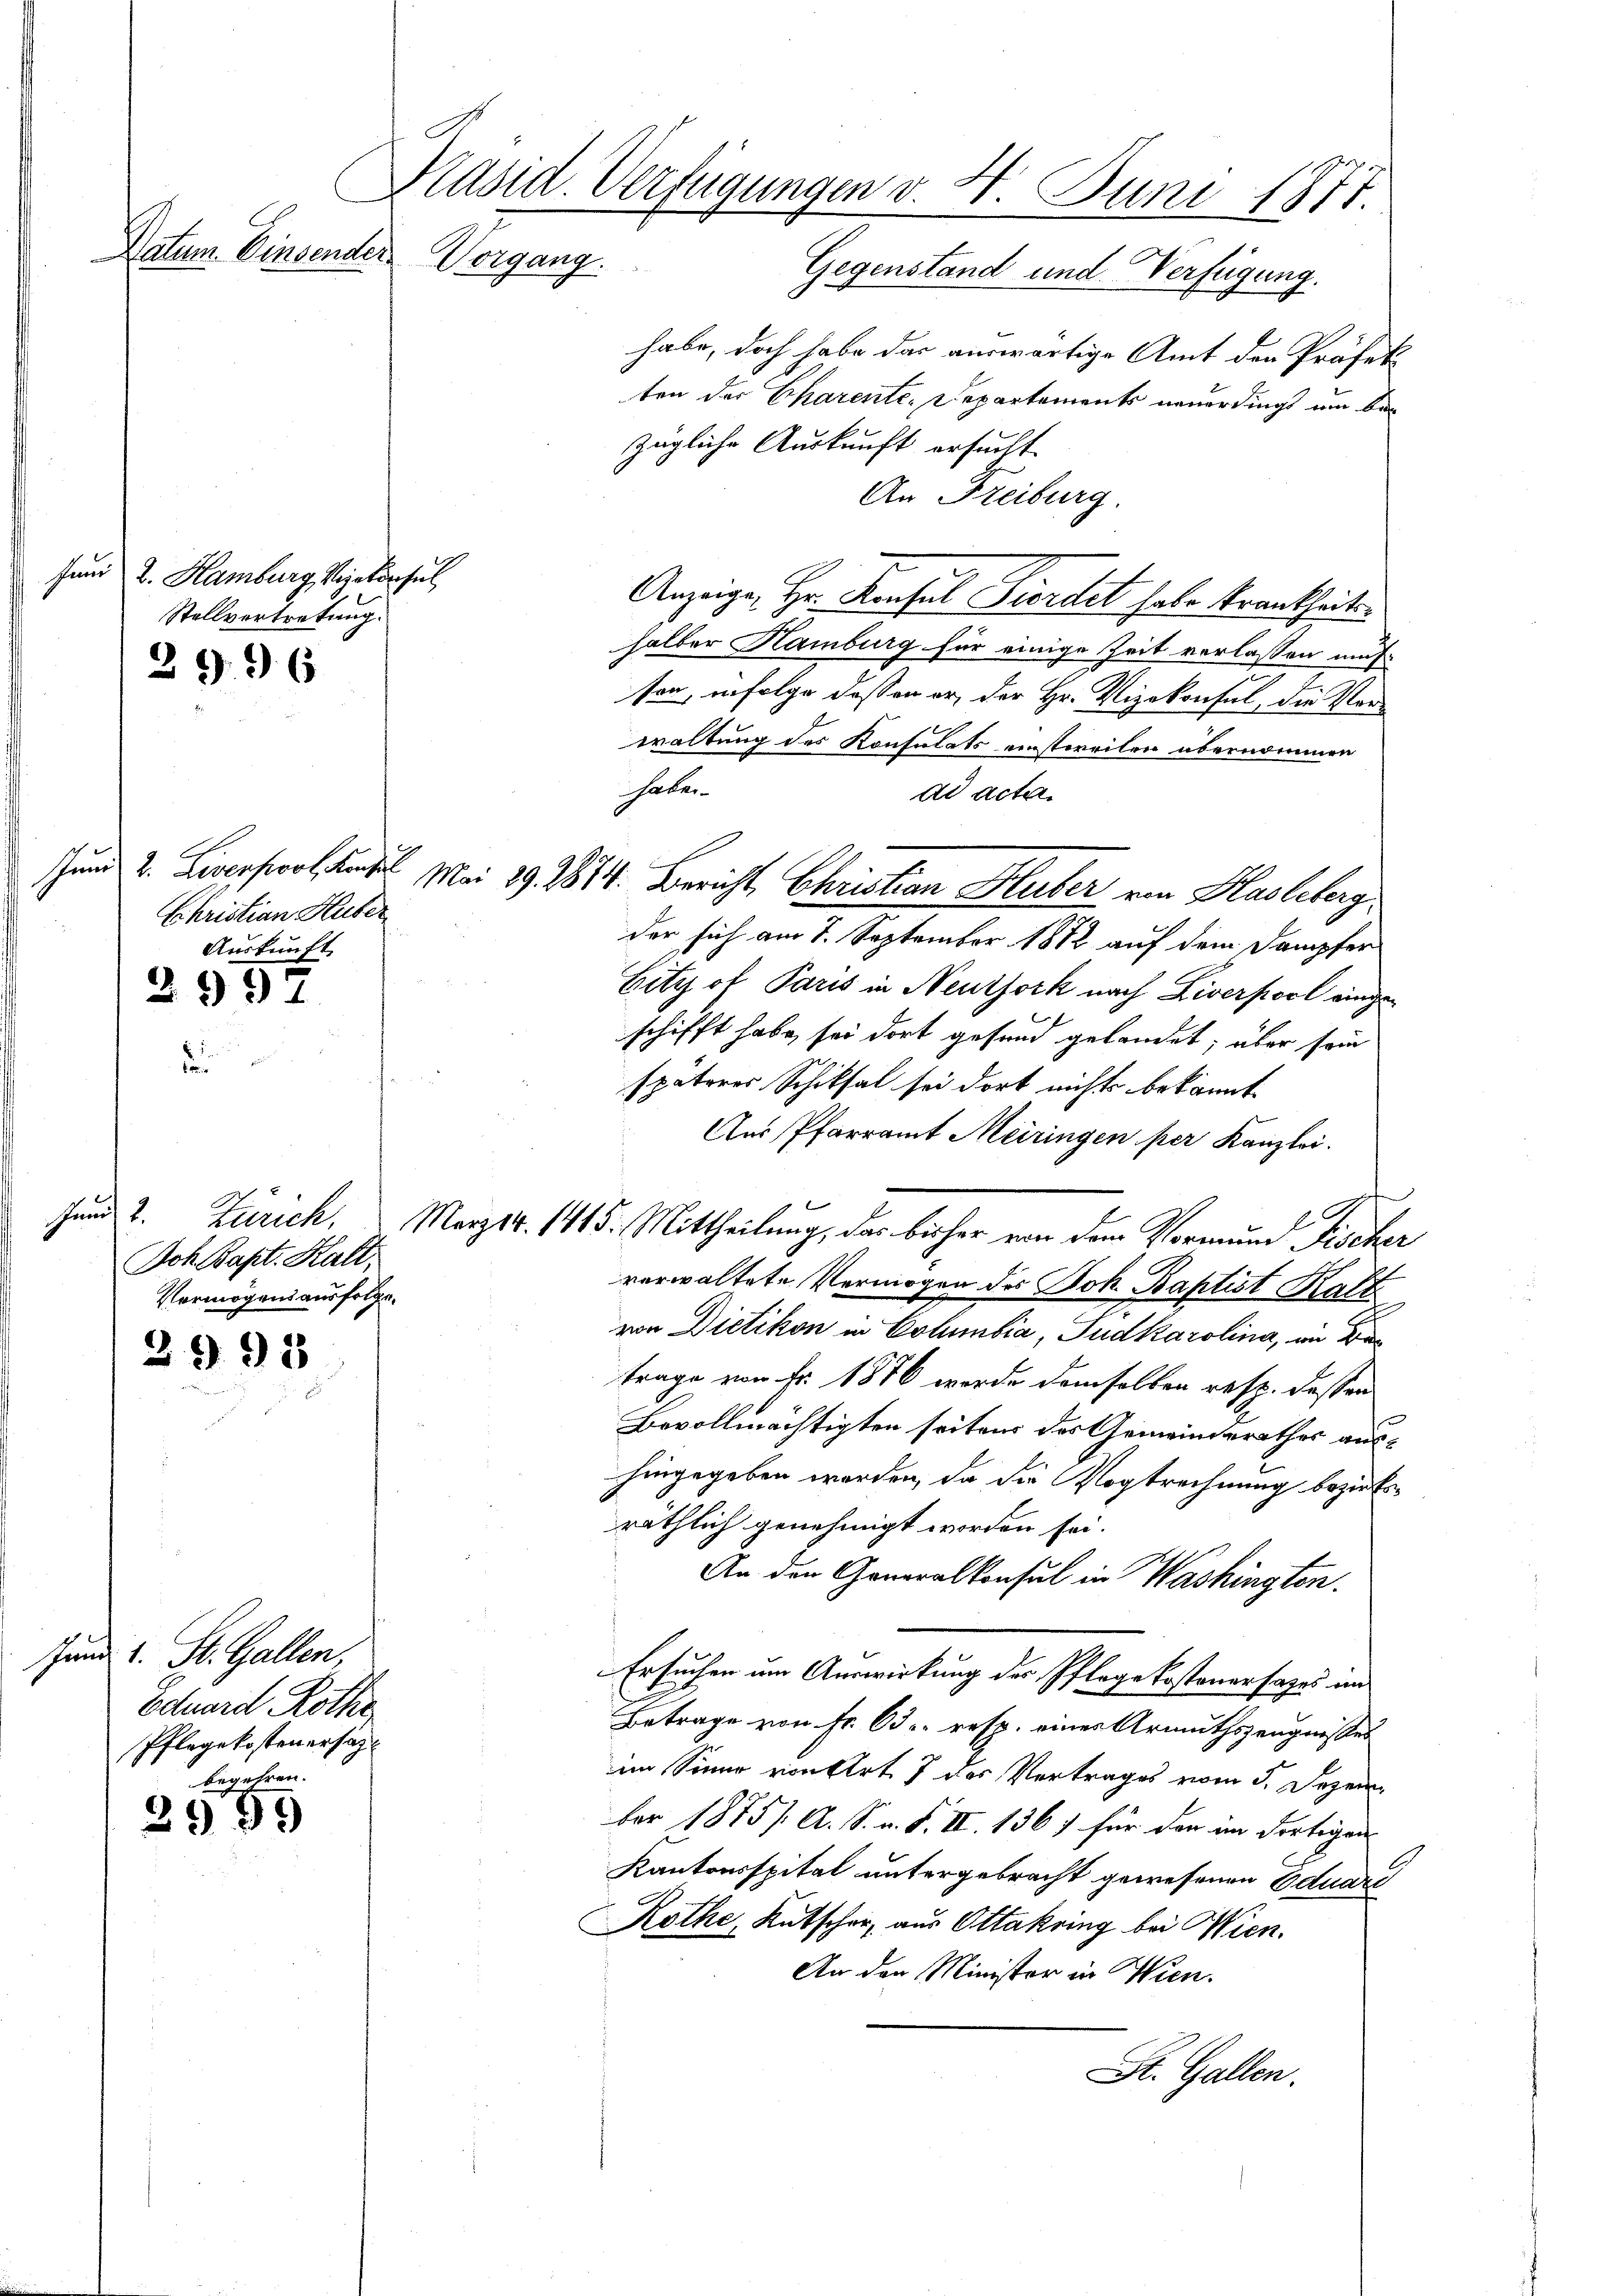
fund 2. Hamburg Vizekonsul
Stellvertretung.
2996

Ehristian Huber
Auskunft

2997

Joh. Bapt. Kalt
Vermögens ausfolge.

2991

Jund 1. St. Gallen,
Eduard Rothe
Pflegekosteuersagbegehren.

2999

Präsid. Verfügungen d. 4. Juni 1877.
Datum. Einsender Vorgang.

Gegenstand und Verfügung.
habe, doch habe das auswärtige Amt den Präfek
ten der Charente. Departements neuerdings um bezügliche Auskunft ersucht.
An Freiburg.
Anzeige, Hr. Konsul Fiordet habe krankheitshalber Hamburg für einige Zeit verlassen auf
son, infolge dessen er, der Hr. Vizekonsul, die Vorwaltung des Konsulats einstweilen übernommen
haber
dd acta.
der sich am 7. September 1882 auf dem Dampfer
Eity of Paris in Neuthork nach Liverpool eingeschifft habe sei dort gesund gelandet, über sein
späteres Schiksal sei dort nichts bekannt.
Aus Pfarramt Meiringen per Kanzlei.
Jund 2. Zürich. Merz v. 1415. Mittheilung, das bisher von dem Vormund Fischer
verwaltete Vermögen des Joh. Baptist Katt
von Dietikon in Columbia, Tudkarolina, an
trage von Fr. 1876 werde demselben resp. dessen
Bevollmächtigten seitens des Gemeinderathes aushingegeben worden, da die Vogtrechnung bezirksräthlich genehmigt worden sei.
An den Generalkonsul in Washingten.
Ersuchen um Auswirkung der Pflege kostener sages im
Betrage von Fr. 63 r. resp. einer Armuthszeugnisses
im Sinne von Art. 7 des Vertrages vom 5. Dezem
ber 1875 /. A. S. n. F. II. 136) für den im dortigen
Kantonsspital untergebracht gewesenen Eduar
Rothe, Kutscher aus Ottakring bei Wien.
An den Minister in Wien.
St. Gallen.

sund 2. Livorso und Mai 192814. Bericht Christian Huber von Hasleberg.